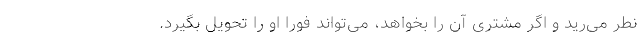
نطر می‌رید و اگر مشتری آن را بخواهد، می‌تواند فورا او را تحویل بگیرد.